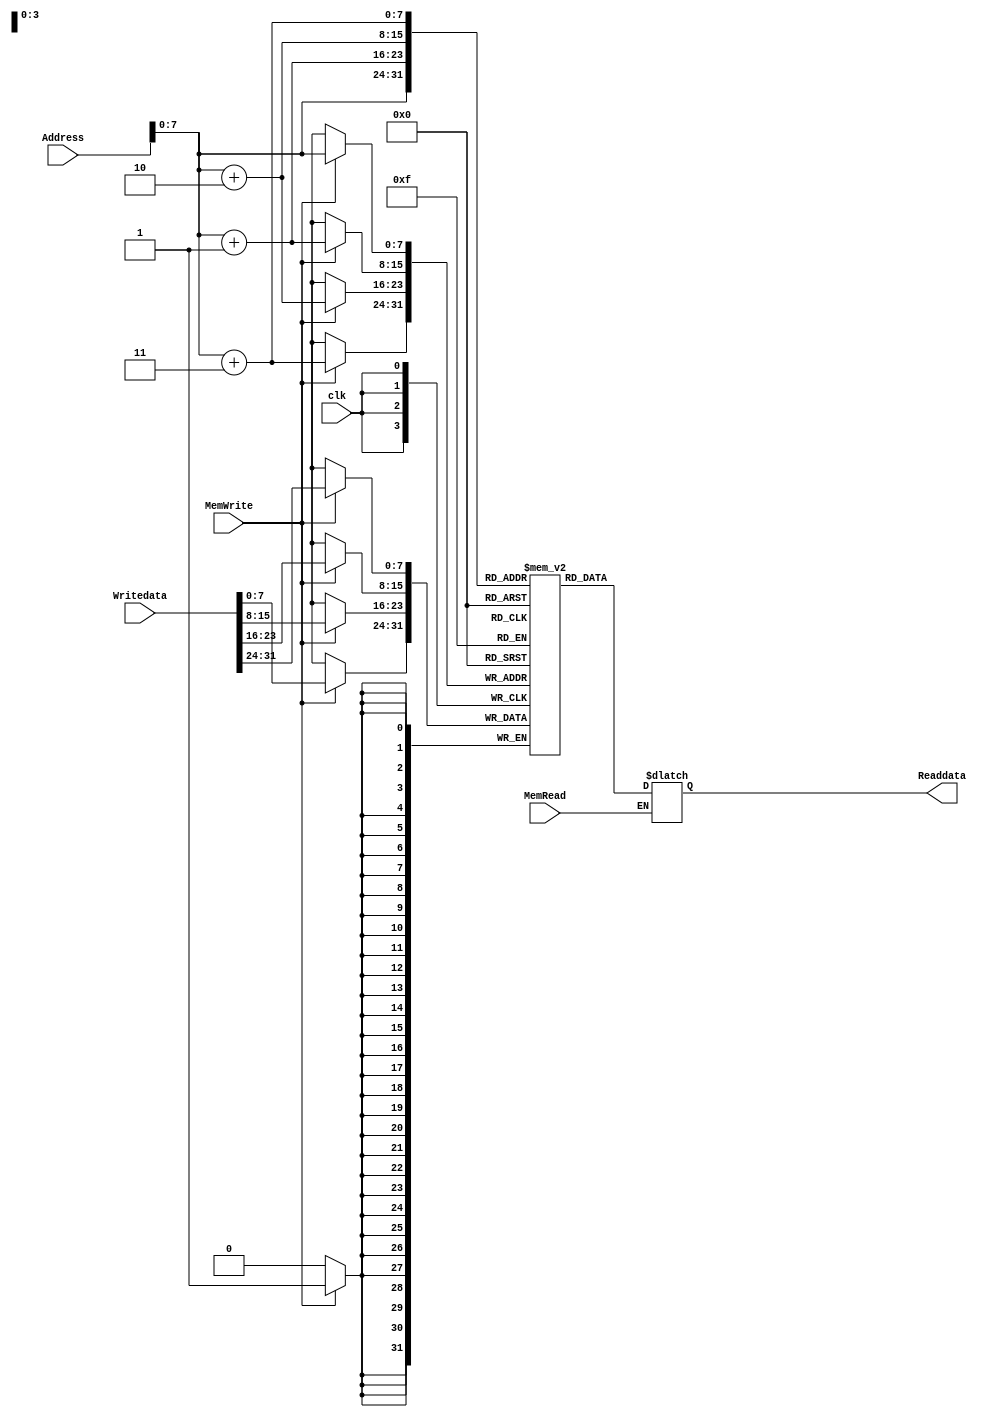
`timescale 1 ns / 1 ps 
 
module Data_memory (clk, Address, Writedata, MemWrite, MemRead, Readdata); 
input[31:0] Address, Writedata; 
input MemWrite, MemRead;    
input clk; 
 
output[31:0] Readdata;	 
 
reg [7:0] mem [0:199];	 					// size is 200 
 
reg [31:0] temp;	    
 
initial begin										    
	mem[0]=0;									  // mem[0] = 10 for default 
	mem[1]=0; 
	mem[2]=0; 
	mem[3]=8'b00001010; 
	 
	mem[4]=0;									  // mem[4] = 20 for default 
	mem[5]=0; 
	mem[6]=0; 
	mem[7]=8'b00010100; 
	 
	mem[8]=0;									 // mem[8] = 30 for default 
	mem[9]=0; 
	mem[10]=0; 
	mem[11]=8'b00011110; 
	 
	mem[12]=0;									 // mem[12] = 40 for default 
	mem[13]=0; 
	mem[14]=0; 
	mem[15]=8'b00101000;	  
	 
end 
 
 
always @(negedge clk) begin						// Writing at falling edge 
	if(MemWrite==1) begin 
		mem[Address]=Writedata[31:24]; 
		mem[Address+1]=Writedata[23:16]; 
		mem[Address+2]=Writedata[15:8]; 
		mem[Address+3]=Writedata[7:0];   
	 
	end 
	 
end 
 
always @(Address or MemRead) begin 
	if(MemRead==1) begin 
		temp[31:24]=mem[Address]; 
		temp[23:16]=mem[Address+1]; 
		temp[15:8]=mem[Address+2]; 
		temp[7:0]=mem[Address+3]; 
	end 
	 
end			 
 
assign Readdata=temp; 
	 
 
endmodule